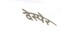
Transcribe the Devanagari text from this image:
वेस्पेर